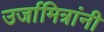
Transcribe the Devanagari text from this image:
उर्जामित्रांनी